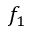
f _ { 1 }